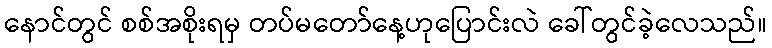
နောင်တွင် စစ်အစိုးရမှ တပ်မတော်နေ့ဟုပြောင်းလဲ ခေါ်တွင်ခဲ့လေသည်။